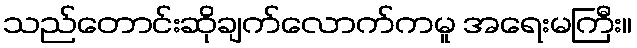
သည်တောင်းဆိုချက်လောက်ကမူ အရေးမကြီး။